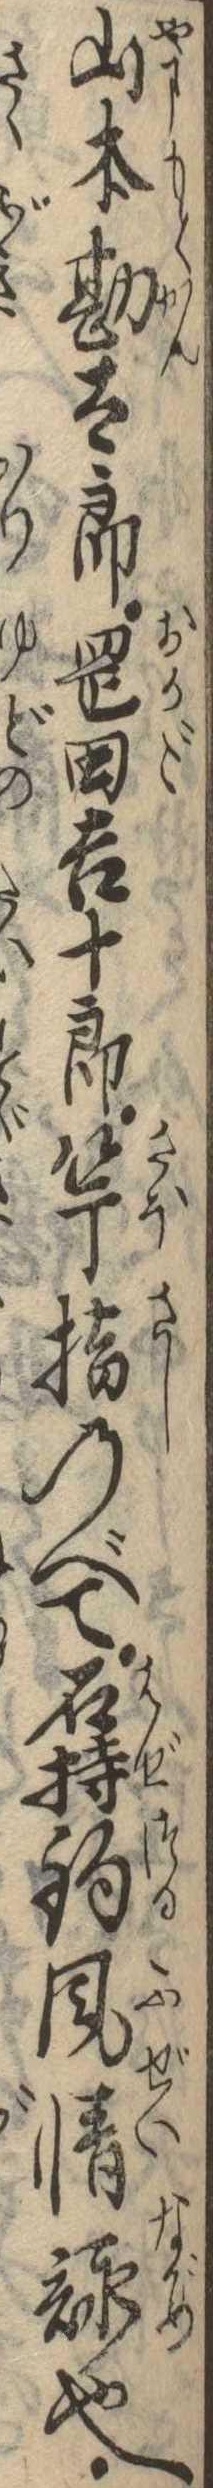
山本勘太郎岡田吉十郎竿指のべて石持釣風情詠也